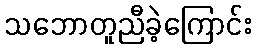
သဘောတူညီခဲ့ကြောင်း